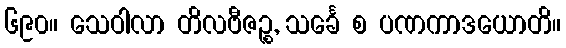
၆၉၀။ သေဝါလာ တိလဗီဇဉ္စ, သင်္ခေ စ ပဏကာဒယောတိ။